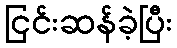
ငြင်းဆန်ခဲ့ပြီး